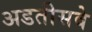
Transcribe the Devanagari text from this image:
अडतीसवे